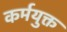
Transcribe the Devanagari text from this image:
कर्मयुक्त